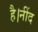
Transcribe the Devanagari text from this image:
है।नींद